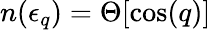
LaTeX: n(\epsilon_{q})=\Theta[\cos(q)]